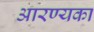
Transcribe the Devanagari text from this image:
आरण्यका